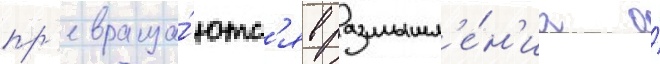
пр'евраща́ютс'я в размышл'е́н'иа о́